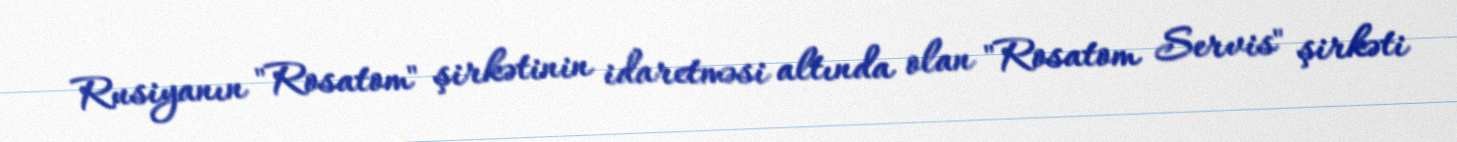
Rusiyanın "Rosatom" şirkətinin idaretməsi altında olan "Rosatom Servis" şirkəti